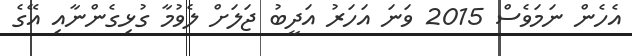
އެހެން ނަމަވެސް 2015 ވަނަ އަހަރު އަދީބު ޖަލަށް ލެވުމާ ގުޅިގެންނާއި އޭގެ